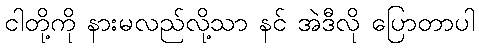
ငါတို့ကို နားမလည်လို့သာ နင် အဲဒီလို ပြောတာပါ